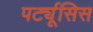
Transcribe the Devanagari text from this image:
पर्ट्यूसिस